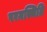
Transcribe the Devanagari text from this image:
परमस्थिति